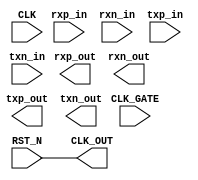
module pcie_bury(CLK, 
                 RST_N,
		 CLK_OUT,
		 CLK_GATE,
                 rxp_in,
		 rxn_in,
                 txp_in,
                 txn_in,
                 rxp_out,
		 rxn_out,
                 txp_out,
                 txn_out);
   input CLK;
   input RST_N;
   output CLK_OUT;
   input CLK_GATE;
   (* S = "TRUE" *)
   input rxp_in;
   (* S = "TRUE" *)
   input rxn_in;
   (* S = "TRUE" *)
   input txp_in;
   (* S = "TRUE" *)
   input txn_in;
   (* S = "TRUE" *)
   output rxp_out; 
   (* S = "TRUE" *)  
   output rxn_out; 
   (* S = "TRUE" *) 
   output txp_out; 
   (* S = "TRUE" *)  
   output txn_out;
   
   
   assign CLK_OUT = RST_N;  // Do something to make xst happy
   //assign rxp_out = rxp_in;  // Do something to make xst happy
   //assign rxn_out = rxn_in;
   //assign txp_out = txp_in;
   //assign txn_out = txn_in;
   
endmodule